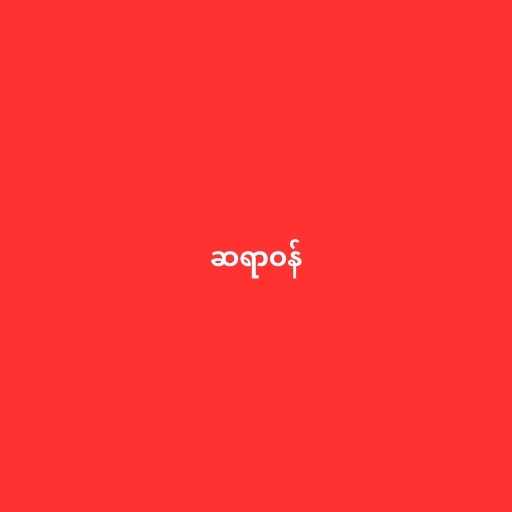
ဆရာဝန်